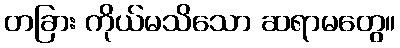
တခြား ကိုယ်မသိသော ဆရာမတွေ။